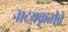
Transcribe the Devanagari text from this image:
नाटय़कृतीचे